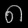
Digit: ၈